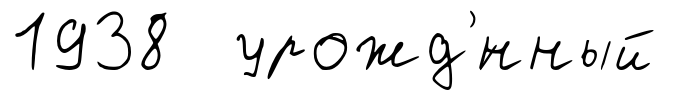
1938 урожд'́нный